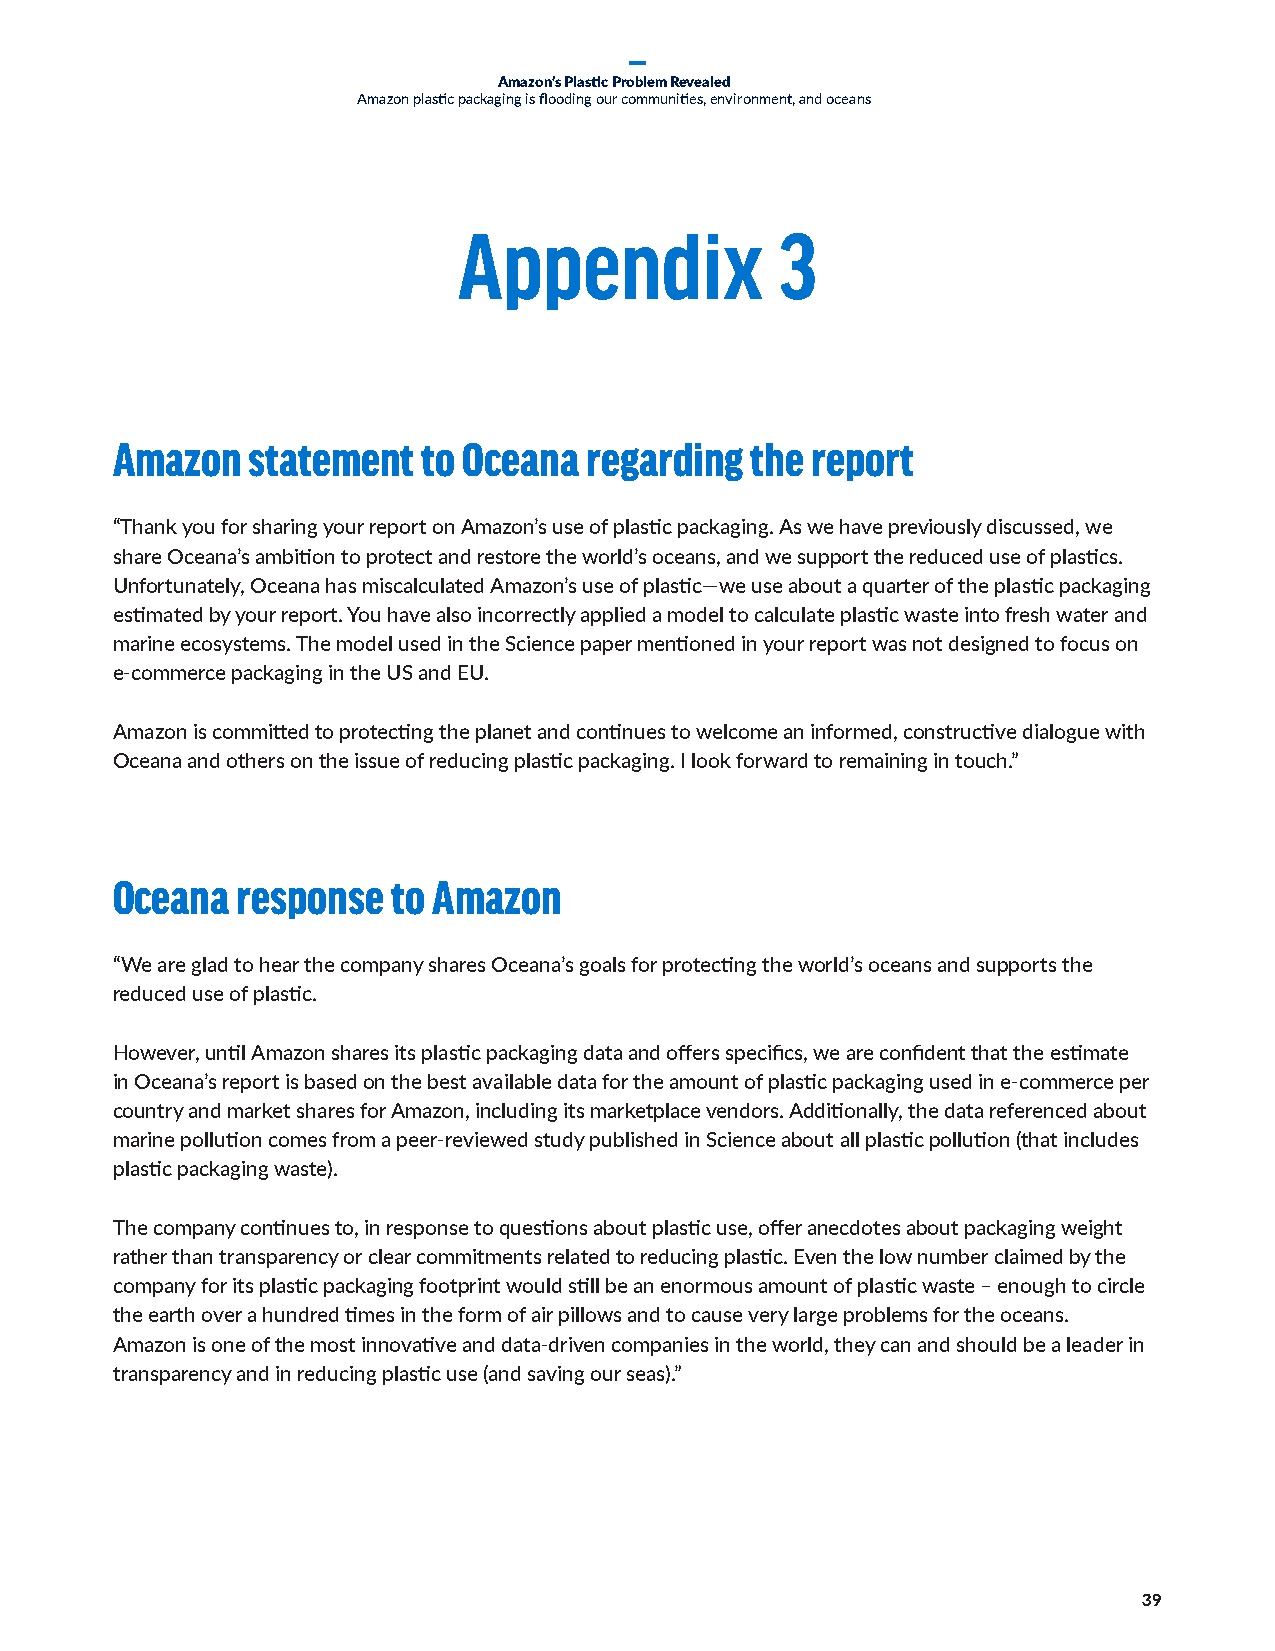
Amazon’s Plastic Problem Revealed
 Amazon plastic packaging is flooding our communities, environment, and oceans
 Appendix              3
 Amazon    statement  to Oceana  regarding  the report
 “Thank you for sharing your report on Amazon’s use of plastic packaging. As we have previously discussed, we
 share Oceana’s ambition to protect and restore the world’s oceans, and we support the reduced use of plastics.
 Unfortunately, Oceana has miscalculated Amazon’s use of plastic—we use about a quarter of the plastic packaging
 estimated by your report. You have also incorrectly applied a model to calculate plastic waste into fresh water and
 marine ecosystems. The model used in the Science paper mentioned in your report was not designed to focus on
 e-commerce packaging in the US and EU.
 Amazon is committed to protecting the planet and continues to welcome an informed, constructive dialogue with
 Oceana and others on the issue of reducing plastic packaging. I look forward to remaining in touch.”
 Oceana   response  to Amazon
 “We are glad to hear the company shares Oceana’s goals for protecting the world’s oceans and supports the
 reduced use of plastic.
 However, until Amazon shares its plastic packaging data and offers specifics, we are confident that the estimate
 in Oceana’s report is based on the best available data for the amount of plastic packaging used in e-commerce per
 country and market shares for Amazon, including its marketplace vendors. Additionally, the data referenced about
 marine pollution comes from a peer-reviewed study published in Science about all plastic pollution (that includes
 plastic packaging waste).
 The company continues to, in response to questions about plastic use, offer anecdotes about packaging weight
 rather than transparency or clear commitments related to reducing plastic. Even the low number claimed by the
 company for its plastic packaging footprint would still be an enormous amount of plastic waste – enough to circle
 the earth over a hundred times in the form of air pillows and to cause very large problems for the oceans.
 Amazon is one of the most innovative and data-driven companies in the world, they can and should be a leader in
 transparency and in reducing plastic use (and saving our seas).”
 39